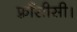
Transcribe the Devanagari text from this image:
फ़्राँसीसी।